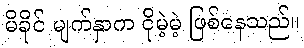
မိခိုင် မျက်နှာက ငိုမဲ့မဲ့ ဖြစ်နေသည်။